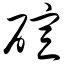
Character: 碹